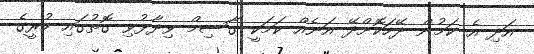
އަދި އެ ކަމުން ދޭހަކޮށްދޭ އަނެއް ކަމަކީ ގާސިމް ވިދާޅުވި ގޮތުގައި ކުރީގެ